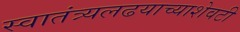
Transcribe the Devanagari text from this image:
स्वातंत्र्यलढयाच्याशेवटी